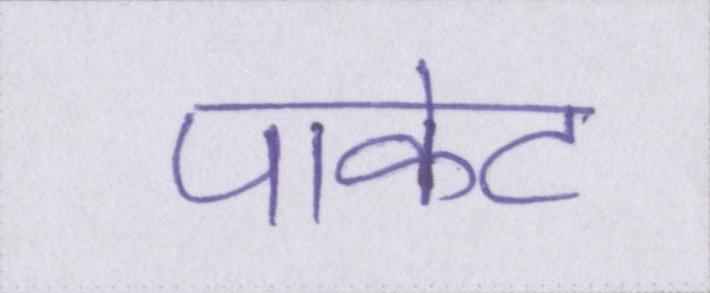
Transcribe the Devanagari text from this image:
पाकेट